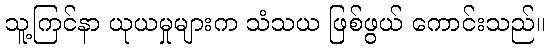
သူ့ကြင်နာ ယုယမှုများက သံသယ ဖြစ်ဖွယ် ကောင်းသည်။